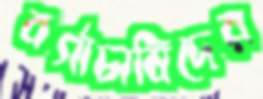
বর্গাচাষিদের